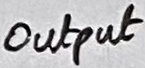
Text: Output